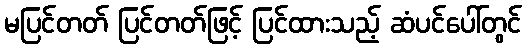
မပြင်တတ် ပြင်တတ်ဖြင့် ပြင်ထားသည့် ဆံပင်ပေါ်တွင်